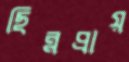
ছিন্নপ্রায়